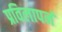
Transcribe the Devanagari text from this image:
प्रविलापनं